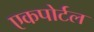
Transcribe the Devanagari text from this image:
एकपोर्टल